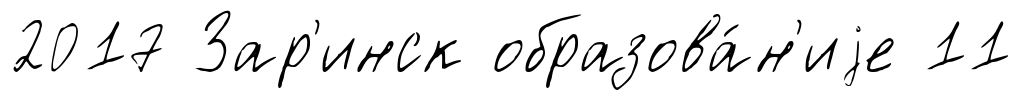
2017 Зар'инск образова́н'иjе 11